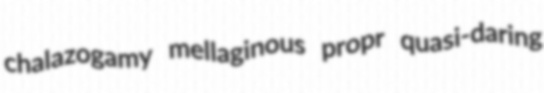
chalazogamy mellaginous propr quasi-daring